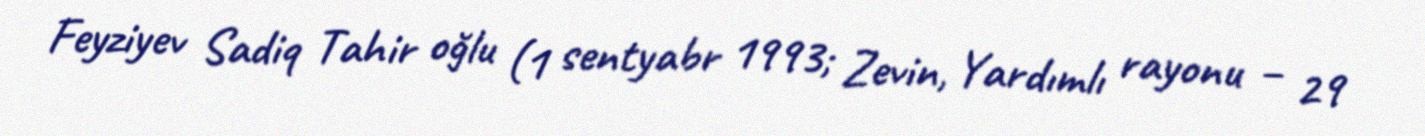
Feyziyev Sadiq Tahir oğlu (1 sentyabr 1993; Zevin, Yardımlı rayonu – 29